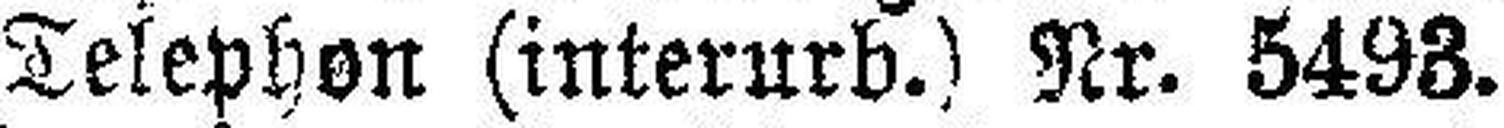
Telephon (interurb.) Nr. 5493.